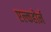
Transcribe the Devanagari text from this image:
एल्कहोर्न